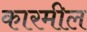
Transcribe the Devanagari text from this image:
कारमील